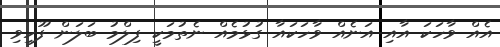
އެއް ވާހަކަ އާއި އަނެއް ވާހަކައާ ގުޅުމެއް ނެތުމަކީ ފިލްމު ބަލަން ފޫހިވި